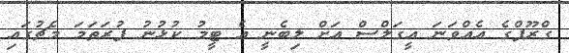
ގްރޫޕްގެ އެއްވަނަ އީގަލްސް އަށް ލިބެނީ އެ ޓީމު ކުޅުނު ފުރަތަމަ މެޗުގައި